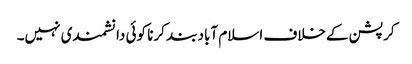
کرپشن کےخلاف اسلام آباد بند کرنا کوئی دانشمندی نہیں۔